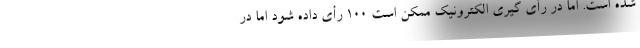
شده است. اما در رأی گیری الکترونیک ممکن است ۱۰۰ رأی داده شود اما در